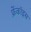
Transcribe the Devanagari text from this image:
फ्रेंकॉइस